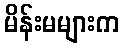
မိန်းမများက